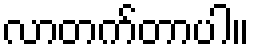
လာတက်တာပါ။